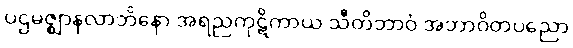
ပဌမဇ္ဈာနလာဘိနော အရညကုဋိကာယ သီတိဘာဝံ အဘာဝိတပညော